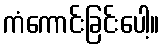
ကံကောင်းခြင်းပေါ့။